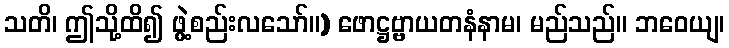
သတိ၊ ဤသို့ထိ၍ ဖွဲ့စည်းလသော်။) ဖောဋ္ဌဗ္ဗာယတနံနာမ၊ မည်သည်။ ဘဝေယျ၊